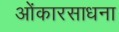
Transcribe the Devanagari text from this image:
ओंकारसाधना